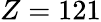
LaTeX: Z=121